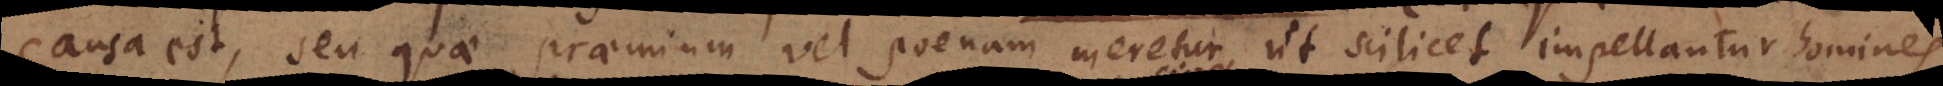
causa est, seu quae praemium vel poenam meretur, ut scilicet impellantur homines